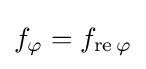
f_{\varphi }=f_{\operatorname {re} \varphi }